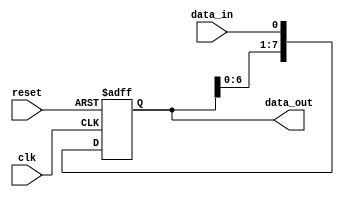
module SIPO_shift_register (
    input wire clk,
    input wire reset,
    input wire data_in,
    output wire [7:0] data_out
);

reg [7:0] shift_register;

always @(posedge clk or posedge reset) begin
    if (reset) begin
        shift_register <= 8'b0;
    end else begin
        shift_register <= {shift_register[6:0], data_in};
    end
end

assign data_out = shift_register;

endmodule